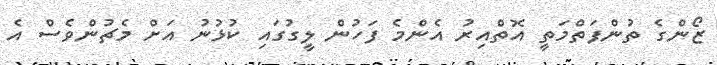
ޒޯންގެ ތުންފަތްމަތީ އޮތްއިރު އެންމެ ފަހުން ލީގުގައި ކުޅުނު އަށް މެޗުންވެސް އެ